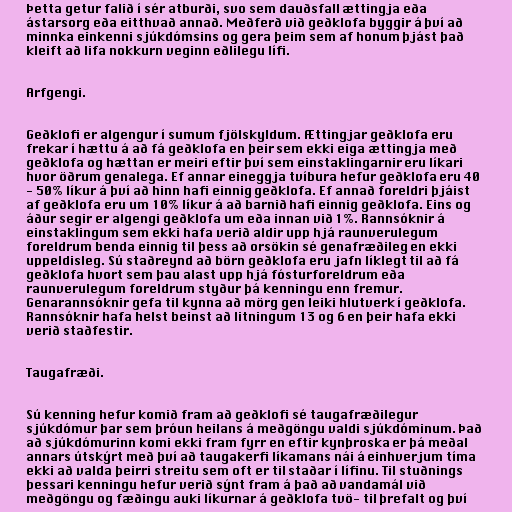
Þetta getur falið í sér atburði, svo sem dauðsfall ættingja eða
ástarsorg eða eitthvað annað. Meðferð við geðklofa byggir á því að
minnka einkenni sjúkdómsins og gera þeim sem af honum þjást það
kleift að lifa nokkurn veginn eðlilegu lífi.

Arfgengi.

Geðklofi er algengur í sumum fjölskyldum. Ættingjar geðklofa eru
frekar í hættu á að fá geðklofa en þeir sem ekki eiga ættingja með
geðklofa og hættan er meiri eftir því sem einstaklingarnir eru líkari
hvor öðrum genalega. Ef annar eineggja tvíbura hefur geðklofa eru 40
- 50% líkur á því að hinn hafi einnig geðklofa. Ef annað foreldri þjáist
af geðklofa eru um 10% líkur á að barnið hafi einnig geðklofa. Eins og
áður segir er algengi geðklofa um eða innan við 1%. Rannsóknir á
einstaklingum sem ekki hafa verið aldir upp hjá raunverulegum
foreldrum benda einnig til þess að orsökin sé genafræðileg en ekki
uppeldisleg. Sú staðreynd að börn geðklofa eru jafn líklegt til að fá
geðklofa hvort sem þau alast upp hjá fósturforeldrum eða
raunverulegum foreldrum styður þá kenningu enn fremur.
Genarannsóknir gefa til kynna að mörg gen leiki hlutverk í geðklofa.
Rannsóknir hafa helst beinst að litningum 13 og 6 en þeir hafa ekki
verið staðfestir.

Taugafræði.

Sú kenning hefur komið fram að geðklofi sé taugafræðilegur
sjúkdómur þar sem þróun heilans á meðgöngu valdi sjúkdóminum. Það
að sjúkdómurinn komi ekki fram fyrr en eftir kynþroska er þá meðal
annars útskýrt með því að taugakerfi líkamans nái á einhverjum tíma
ekki að valda þeirri streitu sem oft er til staðar í lífinu. Til stuðnings
þessari kenningu hefur verið sýnt fram á það að vandamál við
meðgöngu og fæðingu auki líkurnar á geðklofa tvö- til þrefalt og því